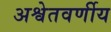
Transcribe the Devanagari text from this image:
अश्वेतवर्णीय